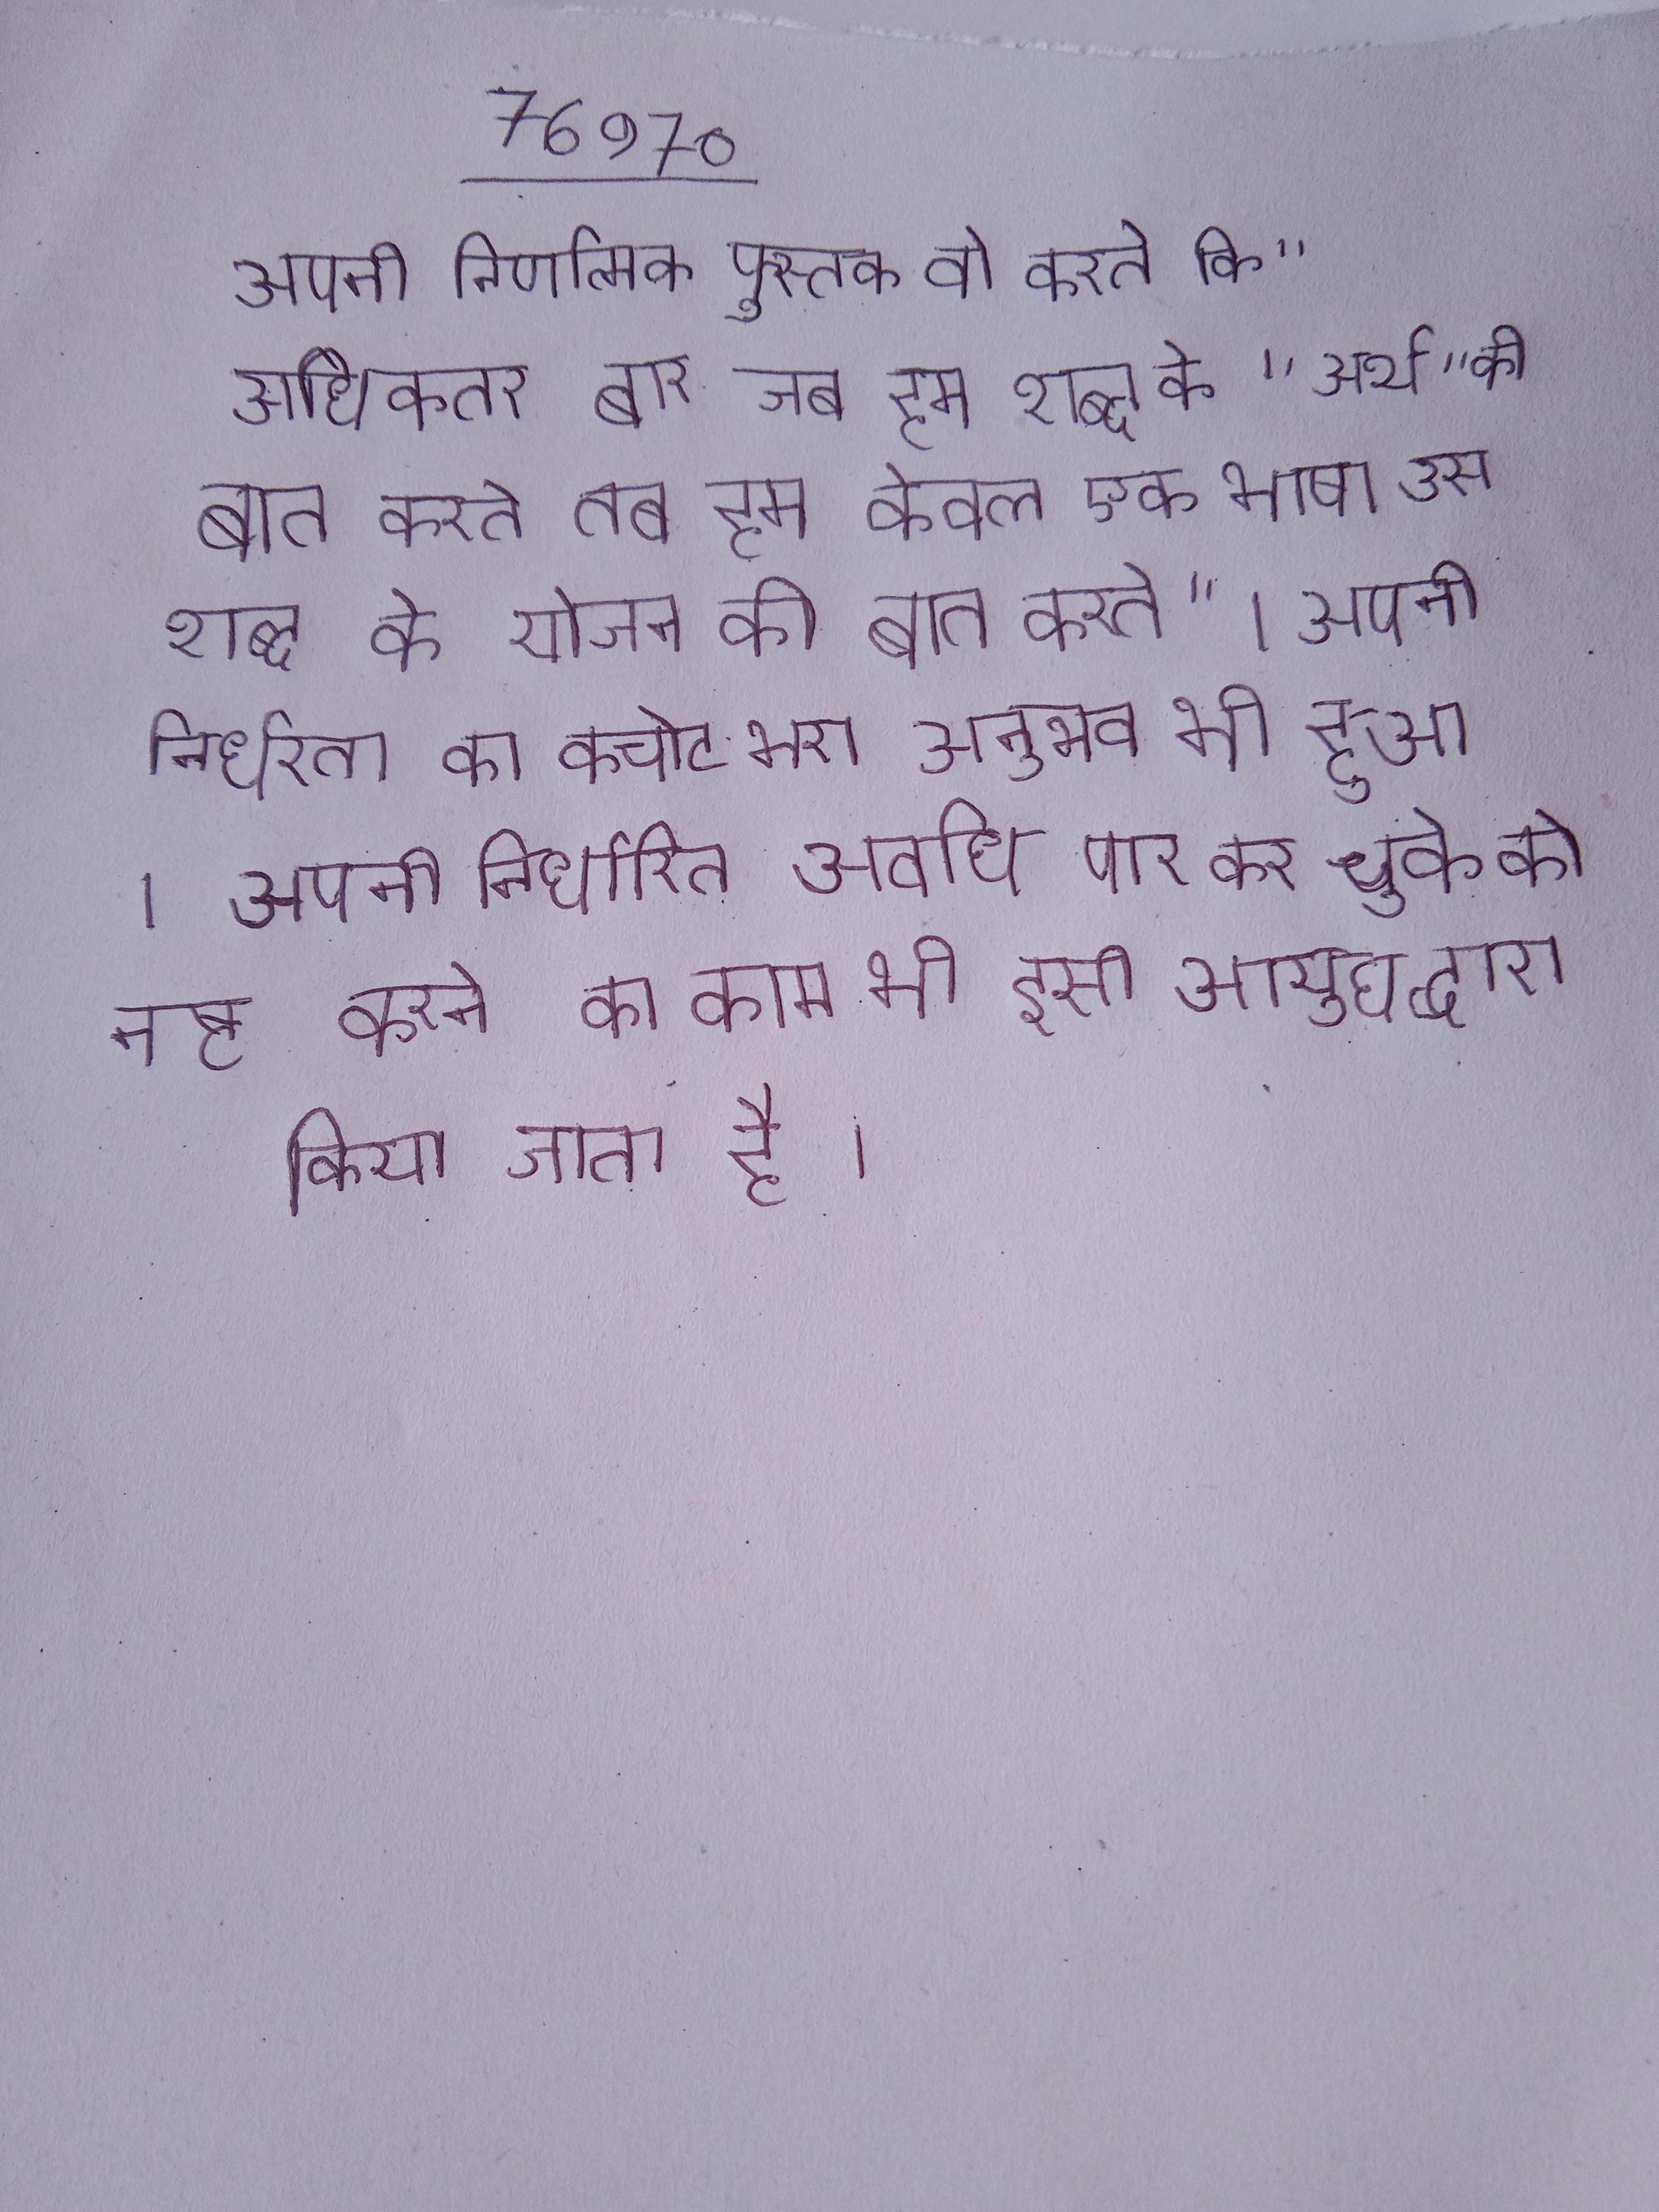
अपनी निर्णात्मक पुस्तक वो कहते कि " अधिकतर बार जब हम शब्द के "अर्थ" की बात करते तब हम केवल एक भाषा उस शब्द के योजन की बात करते " । अपनी निर्धनता का कचोट-भरा अनुभव भी हुआ । अपनी निर्धारित अवधि पार कर चुके को नष्ट करने का काम भी इसी आयुध द्वारा किया जाता है ।